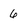
Character: 6